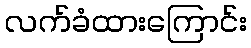
လက်ခံထားကြောင်း